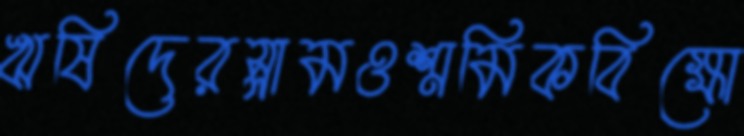
ঋষিদেরস্লামওশ্রমিকবিক্ষো